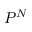
P ^ { N }